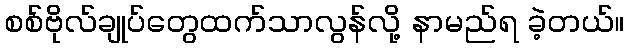
စစ်ဗိုလ်ချုပ်တွေထက်သာလွန်လို့ နာမည်ရ ခဲ့တယ်။